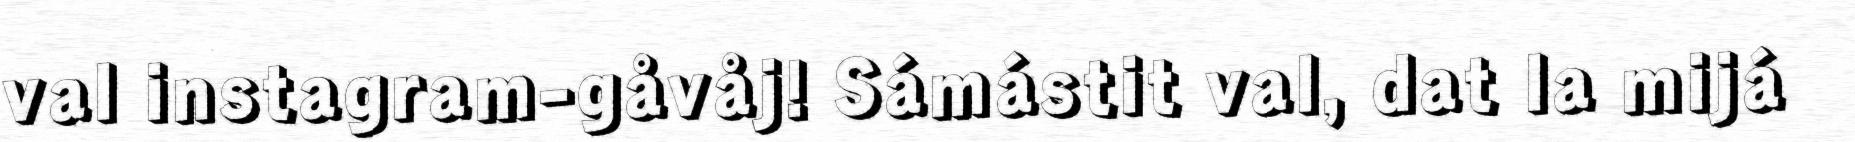
val instagram-gåvåj! Sámástit val, dat la mijá